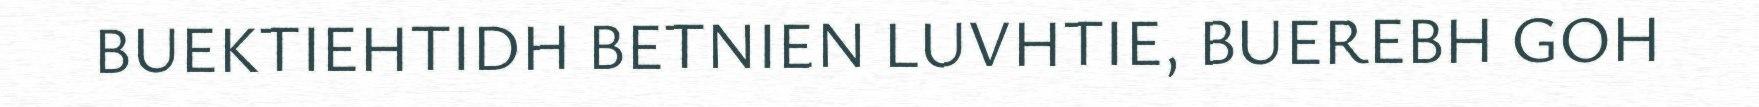
BUEKTIEHTIDH BETNIEN LUVHTIE, BUEREBH GOH